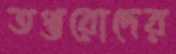
তপ্তরোদের